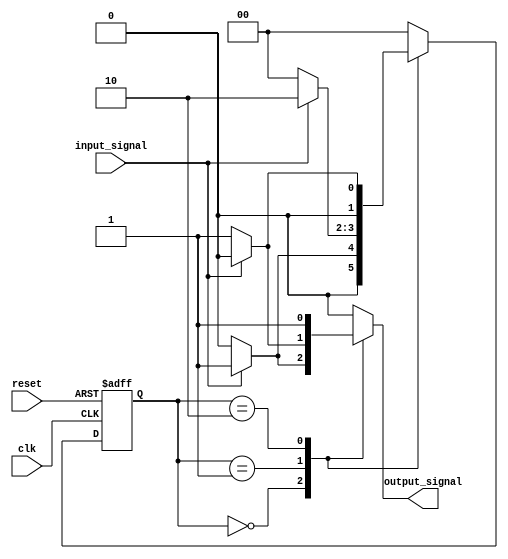
module mealy_state_machine(
    input wire clk,
    input wire reset,
    input wire input_signal,
    output reg output_signal
);

// Enumeration of states
parameter STATE_A = 2'b00;
parameter STATE_B = 2'b01;
parameter STATE_C = 2'b10;

// State register
reg [1:0] current_state, next_state;

// Output logic
always @(*) begin
    case (current_state)
        STATE_A: output_signal = (input_signal) ? 1'b1 : 1'b0;
        STATE_B: output_signal = (input_signal) ? 1'b0 : 1'b1;
        STATE_C: output_signal = 1'b1;
        default: output_signal = 1'b0;
    endcase
end

// Combinational logic for next state determination
always @(*) begin
    case (current_state)
        STATE_A: next_state = (input_signal) ? STATE_B : STATE_A;
        STATE_B: next_state = (input_signal) ? STATE_C : STATE_A;
        STATE_C: next_state = (input_signal) ? STATE_A : STATE_B;
        default: next_state = STATE_A;
    endcase
end

// State transition and state register update
always @(posedge clk or posedge reset) begin
    if (reset) begin
        current_state <= STATE_A;
    end else begin
        current_state <= next_state;
    end
end

endmodule